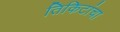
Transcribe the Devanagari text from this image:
तिकिटांचा